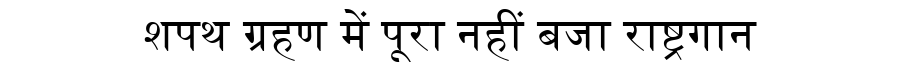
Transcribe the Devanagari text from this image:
शपथ ग्रहण में पूरा नहीं बजा राष्ट्रगान